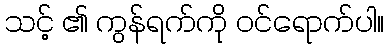
သင့် ၏ ကွန်ရက်ကို ဝင်ရောက်ပါ။